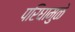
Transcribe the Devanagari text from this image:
परिघामुळे